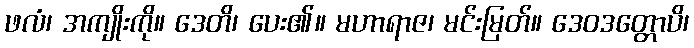
ဖလံ၊ အကျိုးကို။ ဒေတိ၊ ပေး၏။ မဟာရာဇ၊ မင်းမြတ်။ ဒေဝဒတ္တောပိ၊